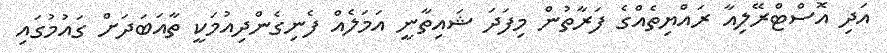
އަދި އޮސްޓްރޭލިއާ ރައްޔިތެއްގެ ފަރާތުން މިފަދަ ޝައިތާނީ އަމަލެއް ފެނިގެންދިއުމަކީ ތާއަބަދަށް ގައުމުގައި